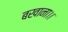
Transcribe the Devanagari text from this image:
बखाना।।